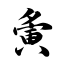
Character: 夤